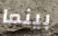
بينما